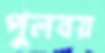
পুলবয়